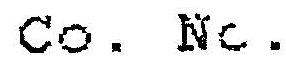
CO. NC.